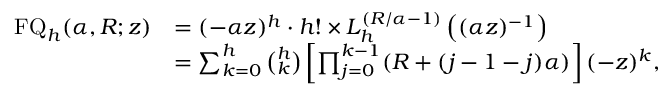
{ \begin{array} { r l } { \operatorname { F Q } _ { h } ( \alpha , R ; z ) } & { = ( - \alpha z ) ^ { h } \cdot h ! \times L _ { h } ^ { \left( R / \alpha - 1 \right) } \left( ( \alpha z ) ^ { - 1 } \right) } \\ & { = \sum _ { k = 0 } ^ { h } { \binom { h } { k } } \left[ \prod _ { j = 0 } ^ { k - 1 } ( R + ( j - 1 - j ) \alpha ) \right] ( - z ) ^ { k } , } \end{array} }